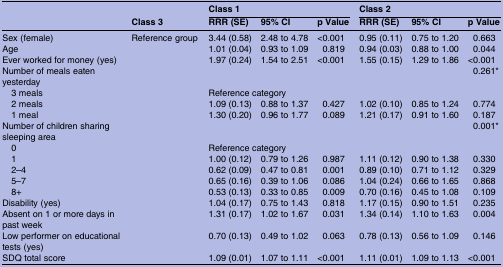
<table><thead><tr><td rowspan="2"></td><td rowspan="2"><b>Class 3</b></td><td colspan="3"><b>Class 1</b></td><td colspan="3"><b>Class 2</b></td></tr><tr><td><b>RRR (SE)</b></td><td><b>95% CI</b></td><td><b>p Value</b></td><td><b>RRR (SE)</b></td><td><b>95% CI</b></td><td><b>p Value</b></td></tr></thead><tbody><tr><td>Sex (female)</td><td>Reference group</td><td>3.44 (0.58)</td><td>2.48 to 4.78</td><td>&lt;0.001</td><td>0.95 (0.11)</td><td>0.75 to 1.20</td><td>0.663</td></tr><tr><td>Age</td><td></td><td>1.01 (0.04)</td><td>0.93 to 1.09</td><td>0.819</td><td>0.94 (0.03)</td><td>0.88 to 1.00</td><td>0.044</td></tr><tr><td>Ever worked for money (yes)</td><td></td><td>1.97 (0.24)</td><td>1.54 to 2.51</td><td>&lt;0.001</td><td>1.55 (0.15)</td><td>1.29 to 1.86</td><td>&lt;0.001</td></tr><tr><td>Number of meals eaten yesterday</td><td></td><td></td><td></td><td></td><td></td><td></td><td>0.261*</td></tr><tr><td> 3 meals</td><td> </td><td colspan="2">Reference category</td><td></td><td></td><td></td><td></td></tr><tr><td> 2 meals</td><td></td><td>1.09 (0.13)</td><td>0.88 to 1.37</td><td>0.427</td><td>1.02 (0.10)</td><td>0.85 to 1.24</td><td>0.774</td></tr><tr><td> 1 meal</td><td></td><td>1.30 (0.20)</td><td>0.96 to 1.77</td><td>0.089</td><td>1.21 (0.17)</td><td>0.91 to 1.60</td><td>0.187</td></tr><tr><td>Number of children sharing sleeping area</td><td></td><td></td><td></td><td></td><td></td><td></td><td>0.001*</td></tr><tr><td> 0</td><td> </td><td colspan="2">Reference category</td><td></td><td></td><td></td><td></td></tr><tr><td> 1</td><td></td><td>1.00 (0.12)</td><td>0.79 to 1.26</td><td>0.987</td><td>1.11 (0.12)</td><td>0.90 to 1.38</td><td>0.330</td></tr><tr><td> 2–4</td><td></td><td>0.62 (0.09)</td><td>0.47 to 0.81</td><td>0.001</td><td>0.89 (0.10)</td><td>0.71 to 1.12</td><td>0.329</td></tr><tr><td> 5–7</td><td></td><td>0.65 (0.16)</td><td>0.39 to 1.06</td><td>0.086</td><td>1.04 (0.24)</td><td>0.66 to 1.65</td><td>0.868</td></tr><tr><td> 8+</td><td></td><td>0.53 (0.13)</td><td>0.33 to 0.85</td><td>0.009</td><td>0.70 (0.16)</td><td>0.45 to 1.08</td><td>0.109</td></tr><tr><td>Disability (yes)</td><td></td><td>1.04 (0.17)</td><td>0.75 to 1.43</td><td>0.818</td><td>1.17 (0.15)</td><td>0.90 to 1.51</td><td>0.235</td></tr><tr><td>Absent on 1 or more days in past week</td><td></td><td>1.31 (0.17)</td><td>1.02 to 1.67</td><td>0.031</td><td>1.34 (0.14)</td><td>1.10 to 1.63</td><td>0.004</td></tr><tr><td>Low performer on educational tests (yes)</td><td></td><td>0.70 (0.13)</td><td>0.49 to 1.02</td><td>0.063</td><td>0.78 (0.13)</td><td>0.56 to 1.09</td><td>0.146</td></tr><tr><td>SDQ total score</td><td></td><td>1.09 (0.01)</td><td>1.07 to 1.11</td><td>&lt;0.001</td><td>1.11 (0.01)</td><td>1.09 to 1.13</td><td>&lt;0.001</td></tr></tbody></table>